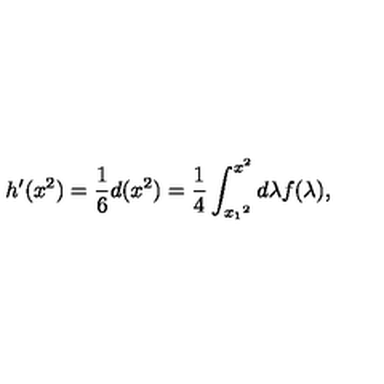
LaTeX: h ^ { \prime } ( x ^ { 2 } ) = { \frac { 1 } { 6 } } d ( x ^ { 2 } ) = { \frac { 1 } { 4 } } \int _ { { x _ { 1 } } ^ { 2 } } ^ { x ^ { 2 } } d \lambda f ( \lambda ) ,